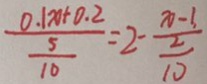
\frac { 0 . 1 x + 0 . 2 } { \frac { 5 } { 1 0 } } = 2 - \frac { x - 1 } { \frac { 2 } { 1 0 } }